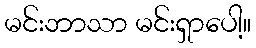
မင်းဘာသာ မင်းရှာပေါ့။